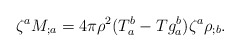
\begin{align*}\zeta^a M_{;a} = 4\pi\rho^2 (T_a^b - T g_a^b) \zeta^a \rho_{;b}.\end{align*}